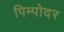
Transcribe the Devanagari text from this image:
पिम्पोदर